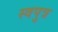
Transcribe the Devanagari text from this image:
स्वपुत्र